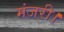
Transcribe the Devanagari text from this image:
मंजरी।